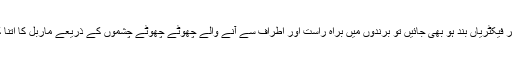
ایک تو لاک ڈاؤن کے دوران بھی تمام فیکٹریاں بند نہیں ہوئیں، دوسرا اگر فیکٹریاں بند ہو بھی جائیں تو برندوں میں براہِ راست اور اطراف سے آنے والے چھوٹے چھوٹے چشموں کے ذریعے ماربل کا اتنا کیچڑ آیا ہے کہ ان کو صاف ہونے کے لیے بھی مہینے درکار ہوں گے۔